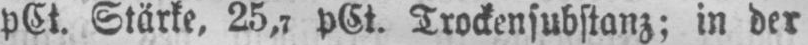
pCt. Stärke, 25,7 pCt. Trockensubstanz; in der